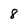
Character: 8